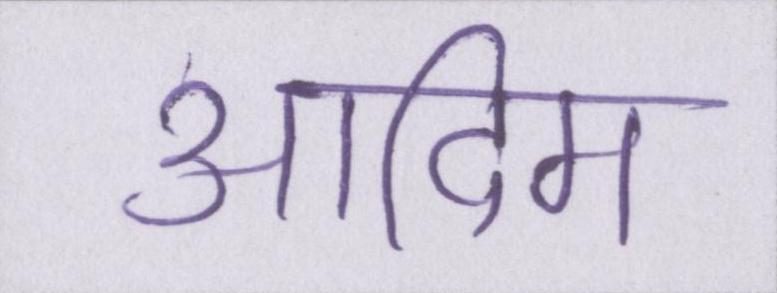
आदिम